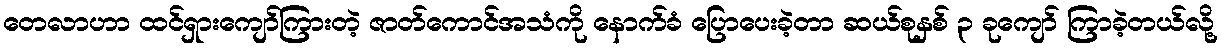
တေလာဟာ ထင်ရှားကျော်ကြားတဲ့ ဇာတ်ကောင်အသံကို နောက်ခံ ပြောပေးခဲ့တာ ဆယ်စုနှစ် ၃ ခုကျော် ကြာခဲ့တယ်လို့